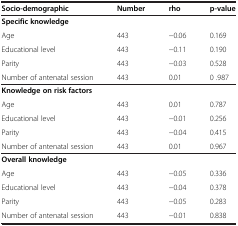
<table><thead><tr><td><b>Socio-demographic</b></td><td><b>Number</b></td><td><b>rho</b></td><td><b>p-value</b></td></tr></thead><tbody><tr><td><b>Specific knowledge</b></td><td> </td><td> </td><td> </td></tr><tr><td>Age</td><td>443</td><td>−0.06</td><td>0.169</td></tr><tr><td>Educational level</td><td>443</td><td>−0.11</td><td>0.190</td></tr><tr><td>Parity</td><td>443</td><td>−0.03</td><td>0.528</td></tr><tr><td>Number of antenatal session</td><td>443</td><td>0.01</td><td>0 .987</td></tr><tr><td><b>Knowledge on risk factors</b></td><td> </td><td> </td><td> </td></tr><tr><td>Age</td><td>443</td><td>0.01</td><td>0.787</td></tr><tr><td>Educational level</td><td>443</td><td>−0.01</td><td>0.256</td></tr><tr><td>Parity</td><td>443</td><td>−0.04</td><td>0.415</td></tr><tr><td>Number of antenatal session</td><td>443</td><td>0.01</td><td>0.967</td></tr><tr><td><b>Overall knowledge</b></td><td> </td><td> </td><td> </td></tr><tr><td>Age</td><td>443</td><td>−0.05</td><td>0.336</td></tr><tr><td>Educational level</td><td>443</td><td>−0.04</td><td>0.378</td></tr><tr><td>Parity</td><td>443</td><td>−0.05</td><td>0.283</td></tr><tr><td>Number of antenatal session</td><td>443</td><td>−0.01</td><td>0.838</td></tr></tbody></table>